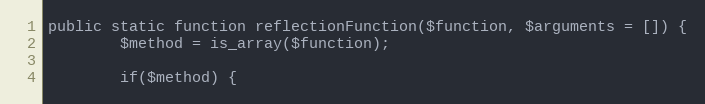
Language: PHP
public static function reflectionFunction($function, $arguments = []) {
        $method = is_array($function);

        if($method) {